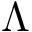
\Lambda